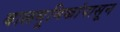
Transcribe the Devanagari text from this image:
बालभूमिकांपासून